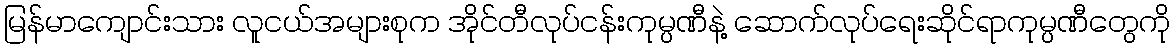
မြန်မာကျောင်းသား လူငယ်အများစုက အိုင်တီလုပ်ငန်းကုမ္ပဏီနဲ့ ဆောက်လုပ်ရေးဆိုင်ရာကုမ္ပဏီတွေကို